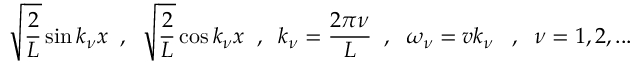
\sqrt { \frac { 2 } { L } } \sin k _ { \nu } x \; \; , \; \; \sqrt { \frac { 2 } { L } } \cos k _ { \nu } x \; \; , \; \; k _ { \nu } = \frac { 2 \pi \nu } { L } \; \; , \; \; \omega _ { \nu } = v k _ { \nu } \; \; \; , \; \; \nu = 1 , 2 , . . .